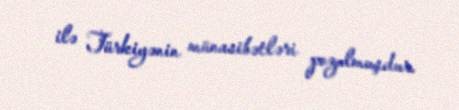
ilə Türkiyənin münasibətləri pozulmuşdur.